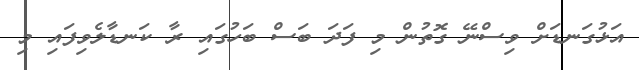
އަޅުގަނޑަށް ވިސްނޭ ގޮތުން މި ފަދަ ބަސް ބަހުގައި ރާ ކަނޑާލެވިފައި މި